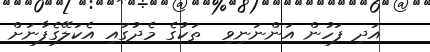
އަދި ފަހުން އަންނަނިވި  ތަކުގެ މެދުގައި އެކަލޭގެފާނަށް